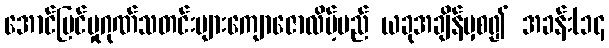
အောင်မြင်မှုဂုဏ်သတင်းများကျောဇောလိမ့်မည် ယခုအချိန်မှစ၍ အခန်း(၁၄